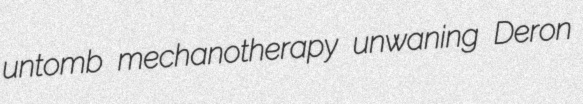
untomb mechanotherapy unwaning Deron